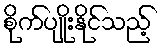
စိုက်ပျိုးနိုင်သည့်